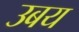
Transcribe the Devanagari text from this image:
उबय